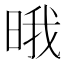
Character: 𣇕